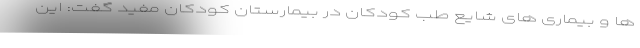
ها و بیماری های شایع طب کودکان در بیمارستان کودکان مفید گفت: این